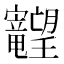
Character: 𱢽